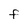
Character: F